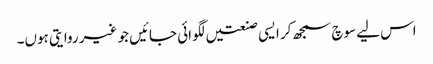
اس لیے سوچ سمجھ کر ایسی صنعتیں لگوائی جائیں جو غیر روایتی ہوں۔